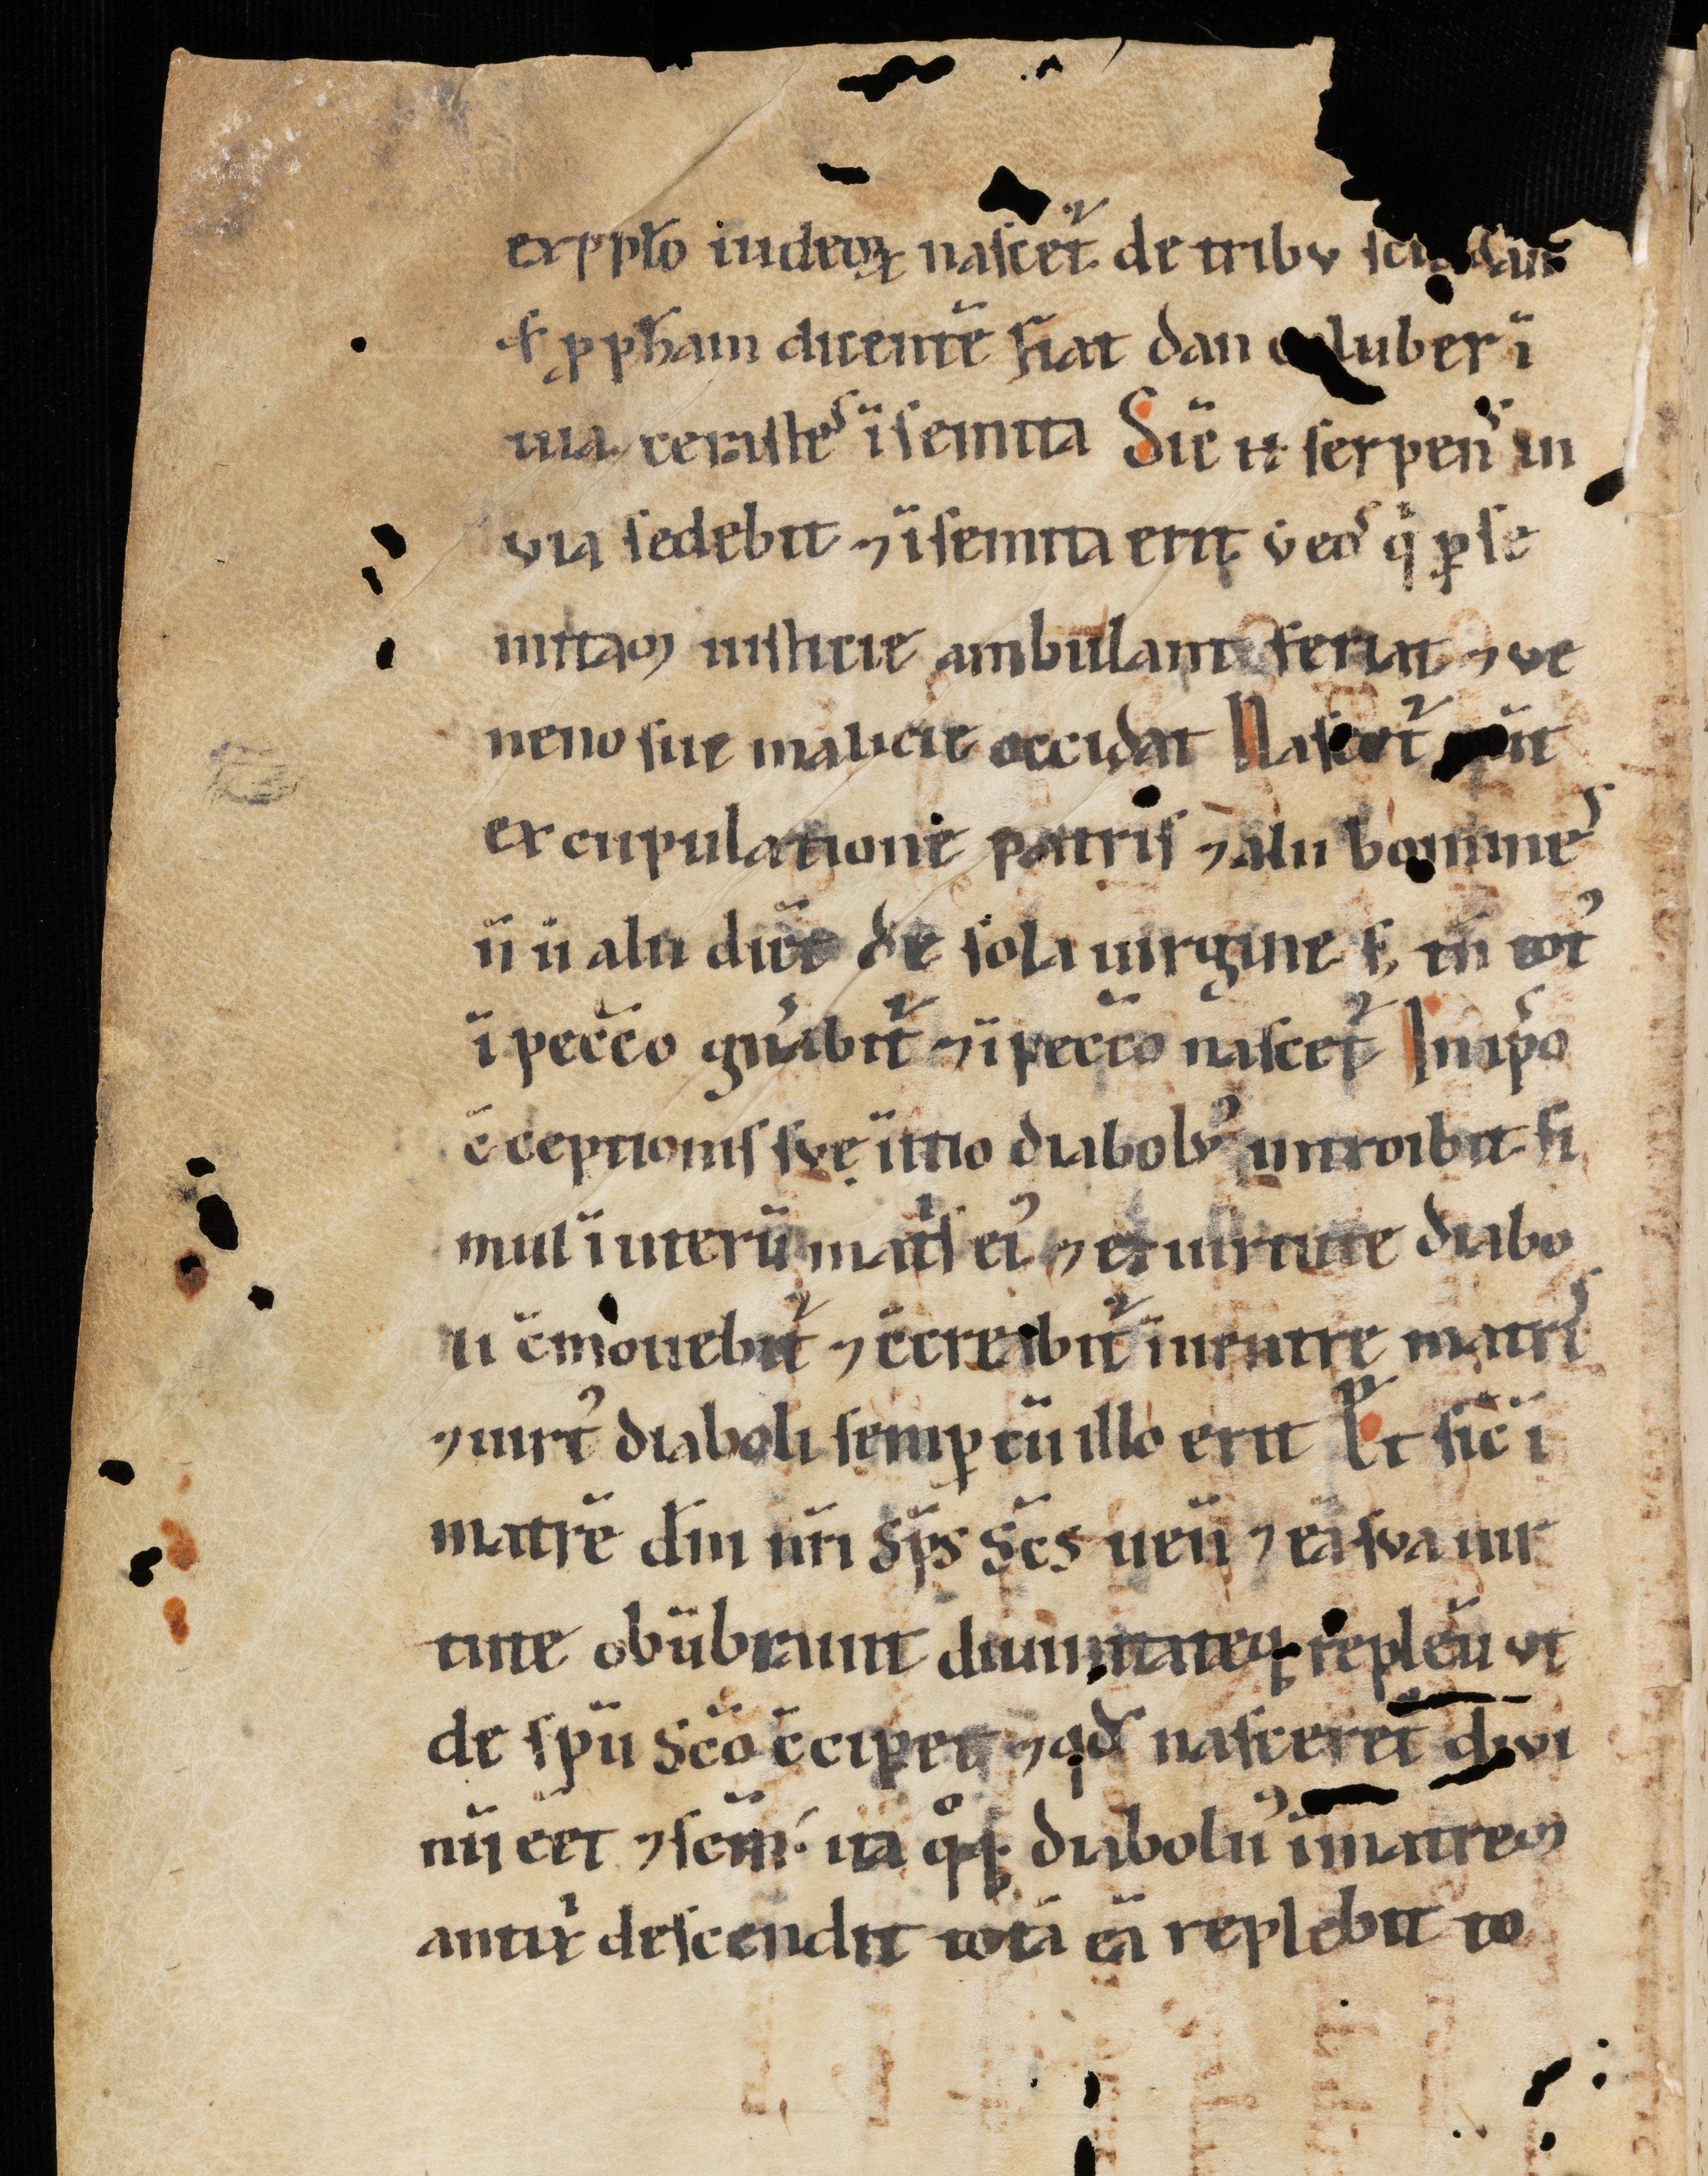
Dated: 1100–1199